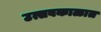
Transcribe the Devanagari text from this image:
उत्सवकाळात